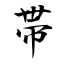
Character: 帯